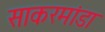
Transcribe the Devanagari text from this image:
साकरमांडा